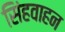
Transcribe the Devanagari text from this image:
सिंहवाहन